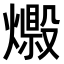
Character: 𤐘